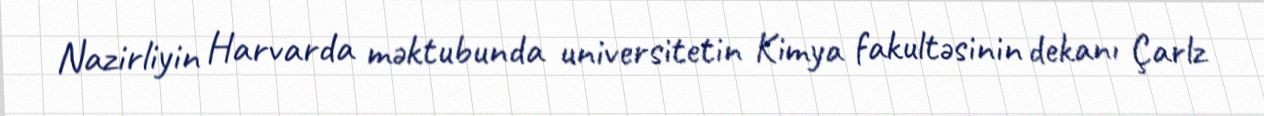
Nazirliyin Harvarda məktubunda universitetin Kimya fakultəsinin dekanı Çarlz